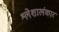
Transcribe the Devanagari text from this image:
श्लेशालंकार